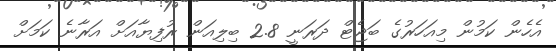
އެހެން ކަމުން މިއަހަރުގެ ބަޖެޓް ދަރަނީ 2.8 ބިލިއަން ރުފިޔާއަށް އަރާނެ ކަމަށް